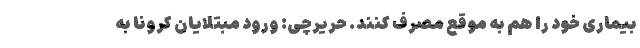
بیماری خود را هم به موقع مصرف کنند. حریرچی: ورود مبتلایان کرونا به